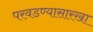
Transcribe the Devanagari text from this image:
परवडण्यासारखा